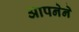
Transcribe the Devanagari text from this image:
आपनेने